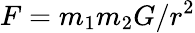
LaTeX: F=m_{1}m_{2}G/r^{2}